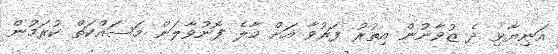
އަނިޔާވި ދެ ޒުވާނުން އިތުރު ފަރުވާ އަށް މާލެ ފޮނުވާލަން މަސައްކަތް ކުރަމުން